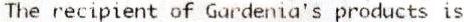
THE RECIPIENT OF GARDENIA'S PRODUCTS IS